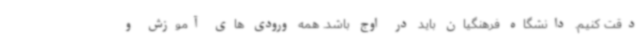
دقت کنیم. دانشگاه فرهنگیان باید در اوج باشد. همه ورودی های آموزش و